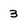
Character: 3